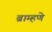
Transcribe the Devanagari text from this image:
ब्राम्हणे